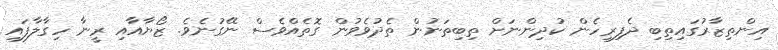
އިންތިޒާރުގައިތިބި ދެފިރިހެން ކުދިންނަށް ތިބިތަނުން ތެދުވެވުން ގޮތެއްވެސް ނޭގުނެވެ. ޒޯޔާއާއި ރީނާ ހިގާލާފައި